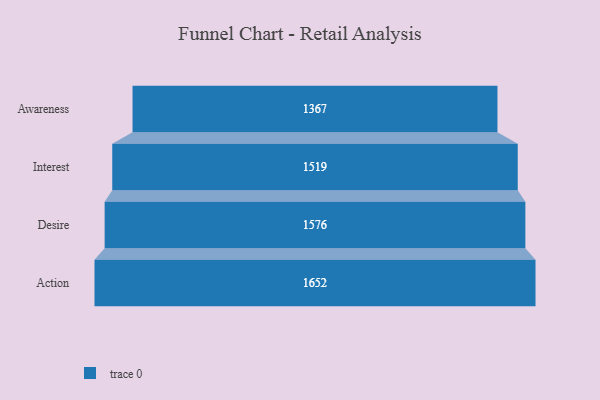
{"axis": {"x": "Stage", "y": "Value"}, "legend": [""], "data": [{"x": "Awareness", "y": 1367.0, "type": ""}, {"x": "Interest", "y": 1519.0, "type": ""}, {"x": "Desire", "y": 1576.0, "type": ""}, {"x": "Action", "y": 1652.0, "type": ""}]}